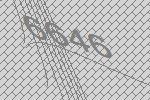
6646